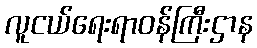
လူငယ်ရေးရာဝန်ကြီးဌာန